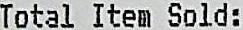
TOTAL ITEM SOLD: